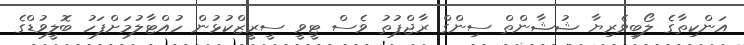
އަންކިތާގެ ލޯބިވެރިޔާ ޝުޝާންތް ސިންގް ރާޖްޕުތު ވެސް ޓީވީ ސީރީޒްކުޅުން ހުއްޓާލުމަށްފަހު ބޮލީވުޑްގެ